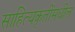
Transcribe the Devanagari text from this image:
साहित्यकृतींमधील